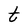
Character: t